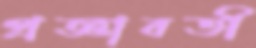
প্রজ্ঞাবতী